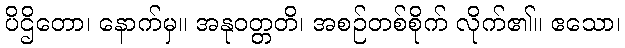
ပိဌိတော၊ နောက်မှ။ အနုဝတ္တတိ၊ အစဉ်တစ်စိုက် လိုက်၏။ ဧသော၊